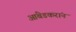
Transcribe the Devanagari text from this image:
आंबेडकरांन